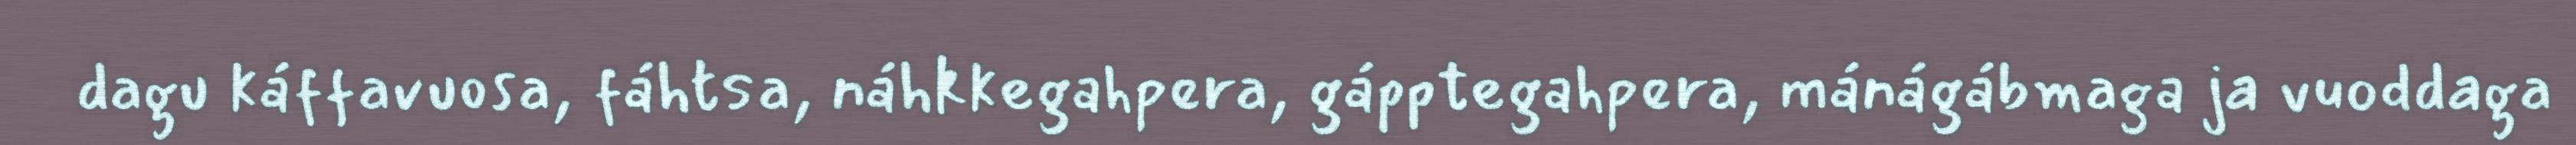
dagu káffavuosa, fáhtsa, náhkkegahpera, gápptegahpera, mánágábmaga ja vuoddaga